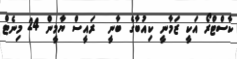
ކާސްޓްރޯ އަކީ ޒަމާނީ ކިއުބާގެ ބާނީ  ރައީސް ޔާމީން 24 މިނެޓް